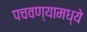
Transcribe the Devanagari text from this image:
पचवण्यामध्ये